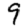
Digit: 9